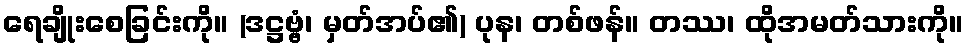
ရေချိုးစေခြင်းကို။ (ဒဋ္ဌဗ္ဗံ၊ မှတ်အပ်၏) ပုန၊ တစ်ဖန်။ တဿ၊ ထိုအမတ်သားကို။